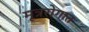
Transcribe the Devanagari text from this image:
मूत्ररोगात